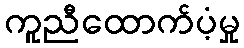
ကူညီထောက်ပံ့မှု